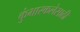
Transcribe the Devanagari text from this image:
कुंभारकलेसाठी